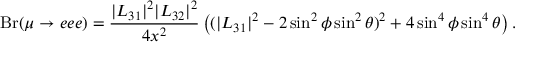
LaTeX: \mathrm { { B r } } ( \mu \rightarrow e e e ) = \frac { | L _ { 3 1 } | ^ { 2 } | L _ { 3 2 } | ^ { 2 } } { 4 x ^ { 2 } } \left( ( | L _ { 3 1 } | ^ { 2 } - 2 \sin ^ { 2 } \phi \sin ^ { 2 } \theta ) ^ { 2 } + 4 \sin ^ { 4 } \phi \sin ^ { 4 } \theta \right) .